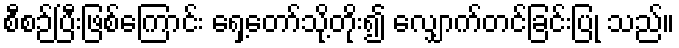
စီစဉ်ပြီးဖြစ်ကြောင်း ရှေ့တော်သို့တိုး၍ လျှောက်တင်ခြင်းပြု သည်။